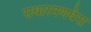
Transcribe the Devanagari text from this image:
राधारमणघेरा